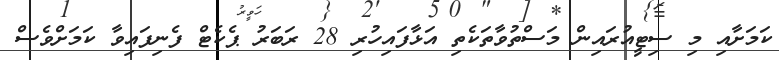
ކަމަށާއި މި ސިޓީއުރައިން މަސްތުވާތަކެތި އަޅާފައިހުރި 28 ރަބަރު ޕެކެޓް ފެނިފައިވާ ކަމަށްވެސް